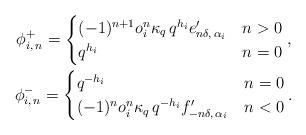
LaTeX: \begin{gather*}\phi^+_{i, \, n} = \begin{cases}(-1)^{n + 1} o_i^n \kappa_q \, q^{h_i} e'_{n \delta, \, \alpha_i} & n > 0 \\q^{h_i} & n = 0\end{cases}, \\\phi^-_{i, \, n} = \begin{cases}q^{-h_i} & n = 0 \\(-1)^n o_i^n \kappa_q \, q^{-h_i} f'_{- n \delta, \, \alpha_i} & n < 0\end{cases}.\end{gather*}